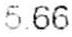
5.66